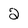
Character: 2